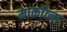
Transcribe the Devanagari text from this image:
मार्कोव्ना